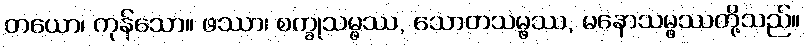
တယော၊ ကုန်သော။ ဖဿာ၊ စက္ခုသမ္ဖဿ, သောတသမ္ဖဿ, မနောသမ္ဖဿတို့သည်။